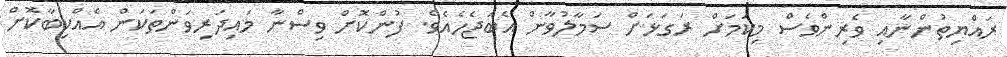
ރައްޔިތުންނާއި ވެރިންވެސް މިކަމަށް ރަގަޅަށް ސަމާލުވާން އެބަޖެހެއެވެ. ފުންކޮށް ވިސްނާ މައިދަރިވަންތަކަން އެއްކިބާކޮށް